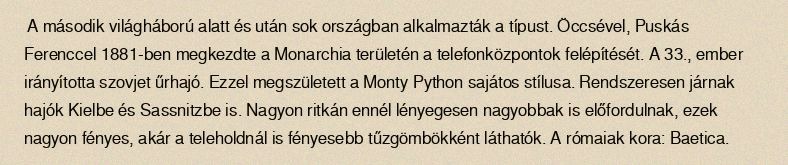
A második világháború alatt és után sok országban alkalmazták a típust. Öccsével, Puskás Ferenccel 1881-ben megkezdte a Monarchia területén a telefonközpontok felépítését. A 33., ember irányította szovjet űrhajó. Ezzel megszületett a Monty Python sajátos stílusa. Rendszeresen járnak hajók Kielbe és Sassnitzbe is. Nagyon ritkán ennél lényegesen nagyobbak is előfordulnak, ezek nagyon fényes, akár a teleholdnál is fényesebb tűzgömbökként láthatók. A rómaiak kora: Baetica.